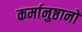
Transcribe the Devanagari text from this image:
कर्मानुष्ठानों